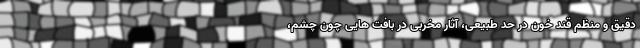
دقیق و منظم قند خون در حد طبیعی، آثار مخربی در بافت هایی چون چشم،